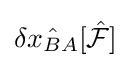
\delta {\hat {x_{BA}}}[{\hat {\mathcal {F}}}]